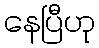
နေပြီဟု